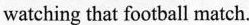
watching that football match.